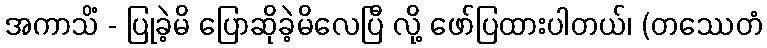
အကာသိံ - ပြုခဲ့မိ ပြောဆိုခဲ့မိလေပြီ လို့ ဖော်ပြထားပါတယ်၊ (တဿေတံ